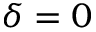
\delta = 0